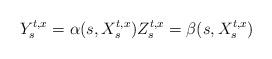
LaTeX: \begin{align*}Y_s^{t,x} = \alpha(s, X_s^{t,x}) Z_s^{t,x} = \beta(s, X_s^{t,x})\end{align*}